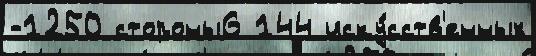
-1250 стороны6 144 иску́сств'енных